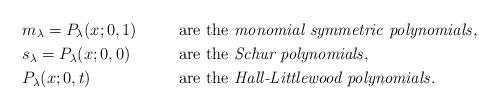
LaTeX: \begin{align*}&m_\lambda = P_\lambda(x;0,1) &&\hbox{are the \emph{monomial symmetric polynomials}}, \\&s_\lambda = P_\lambda(x;0,0) &&\hbox{are the \emph{Schur polynomials}}, \\&P_\lambda(x;0,t) &&\hbox{are the \emph{Hall-Littlewood polynomials}}.\end{align*}